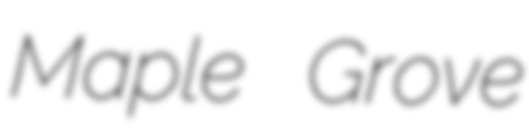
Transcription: Maple Grove